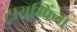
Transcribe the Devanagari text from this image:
ट्रायम्फिंग